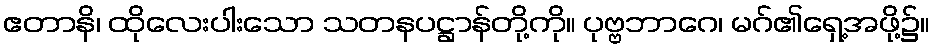
ဧတာနိ၊ ထိုလေးပါးသော သတနပဋ္ဌာန်တို့ကို။ ပုဗ္ဗဘာဂေ၊ မဂ်၏ရှေ့အဖို့၌။